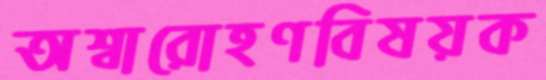
অশ্বারোহণবিষয়ক